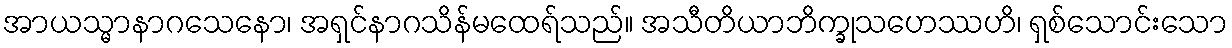
အာယသ္မာနာဂသေနော၊ အရှင်နာဂသိန်မထေရ်သည်။ အသီတိယာဘိက္ခုသဟေဿဟိ၊ ရှစ်သောင်းသော